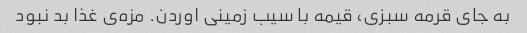
به جای قرمه سبزی، قیمه با سیب زمینی اوردن. مزه‌ی غذا بد نبود